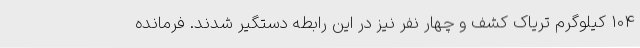
104 کیلوگرم تریاک کشف و چهار نفر نیز در این رابطه دستگیر شدند. فرمانده